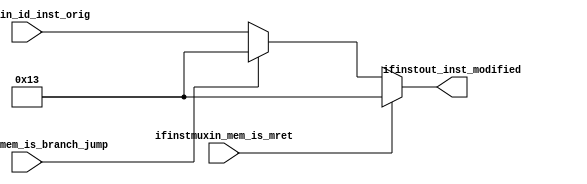
module IFINSTMUX (
    input [31:0] ifinstin_id_inst_orig,
    input ifinstmuxin_mem_is_mret,
    input ifinstin_mem_is_branch_jump,

    output [31:0] ifinstout_inst_modified
);

reg [31:0] ifinstout_inst_modified_reg;

always @(*) begin
    if (ifinstmuxin_mem_is_mret == 1'b1) begin // mret if  nop 
        ifinstout_inst_modified_reg = 32'h13;
    end else if (ifinstin_mem_is_branch_jump == 1'b1) begin // b or j nop 
        ifinstout_inst_modified_reg = 32'h13;
    end else begin
        ifinstout_inst_modified_reg = ifinstin_id_inst_orig;
    end
end

assign ifinstout_inst_modified = ifinstout_inst_modified_reg;

endmodule